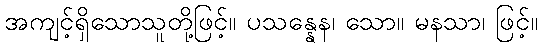
အကျင့်ရှိသောသူတို့ဖြင့်။ ပသန္နေန၊ သော။ မနသာ၊ ဖြင့်။